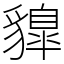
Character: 䝥